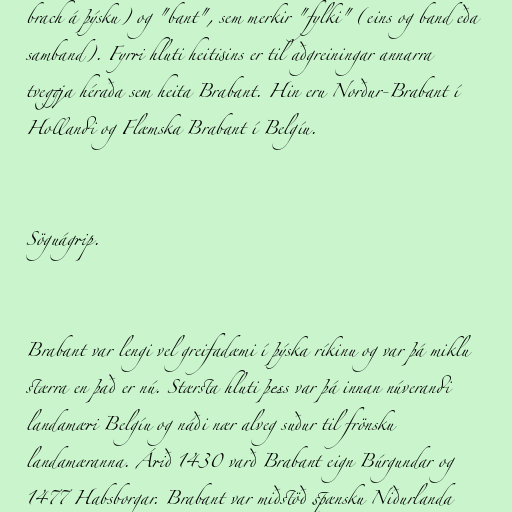
brach á þýsku) og "bant", sem merkir "fylki" (eins og band eða
samband). Fyrri hluti heitisins er til aðgreiningar annarra
tveggja héraða sem heita Brabant. Hin eru Norður-Brabant í
Hollandi og Flæmska Brabant í Belgíu.

Söguágrip.

Brabant var lengi vel greifadæmi í þýska ríkinu og var þá miklu
stærra en það er nú. Stærsta hluti þess var þá innan núverandi
landamæri Belgíu og náði nær alveg suður til frönsku
landamæranna. Árið 1430 varð Brabant eign Búrgundar og
1477 Habsborgar. Brabant var miðstöð spænsku Niðurlanda